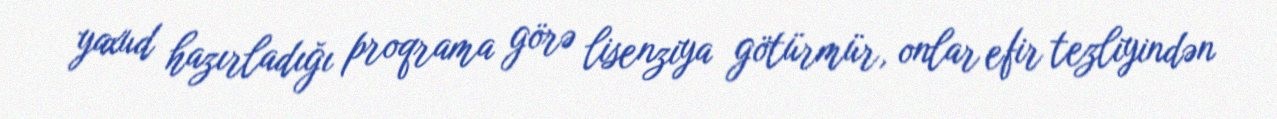
yaxud hazırladığı proqrama görə lisenziya götürmür, onlar efir tezliyindən